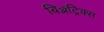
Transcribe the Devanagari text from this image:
बिॲट्रिक्स